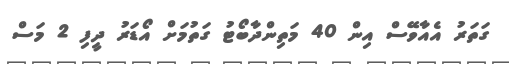
ގަތަރު އެއާވޭސް އިން 40 މަތިންދާބޯޓު ގަތުމަށް އޯޑަރު ދީފި 2 މަސް